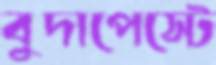
বুদাপেস্টে